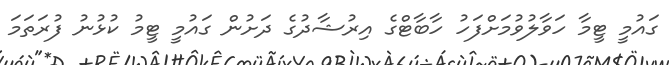
ގައުމީ ޓީމާ ހަވާލުވުމަށްފަހު ހާބާޓްގެ އިރުޝާދުގެ ދަށުން ގައުމީ ޓީމު ކުޅުނު ފުރަތަމަ